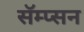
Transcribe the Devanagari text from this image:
सॅम्प्सन